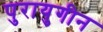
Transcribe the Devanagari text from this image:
पुरायुगीन